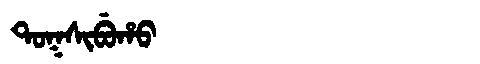
Manchu: ᡨᠣᡴᠰᡳᠪᡠᡥᠣ
Romanization: TOKSIBUHO